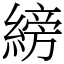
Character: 縍